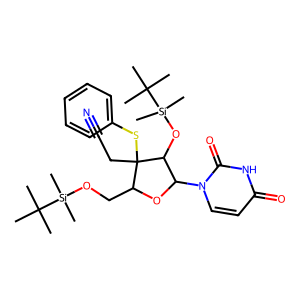
SMILES: CC(C)(C)[Si](C)(C)OCC1OC(n2ccc(=O)[nH]c2=O)C(O[Si](C)(C)C(C)(C)C)C1(CC#N)Sc1ccccc1
Inhibits HIV replication: No